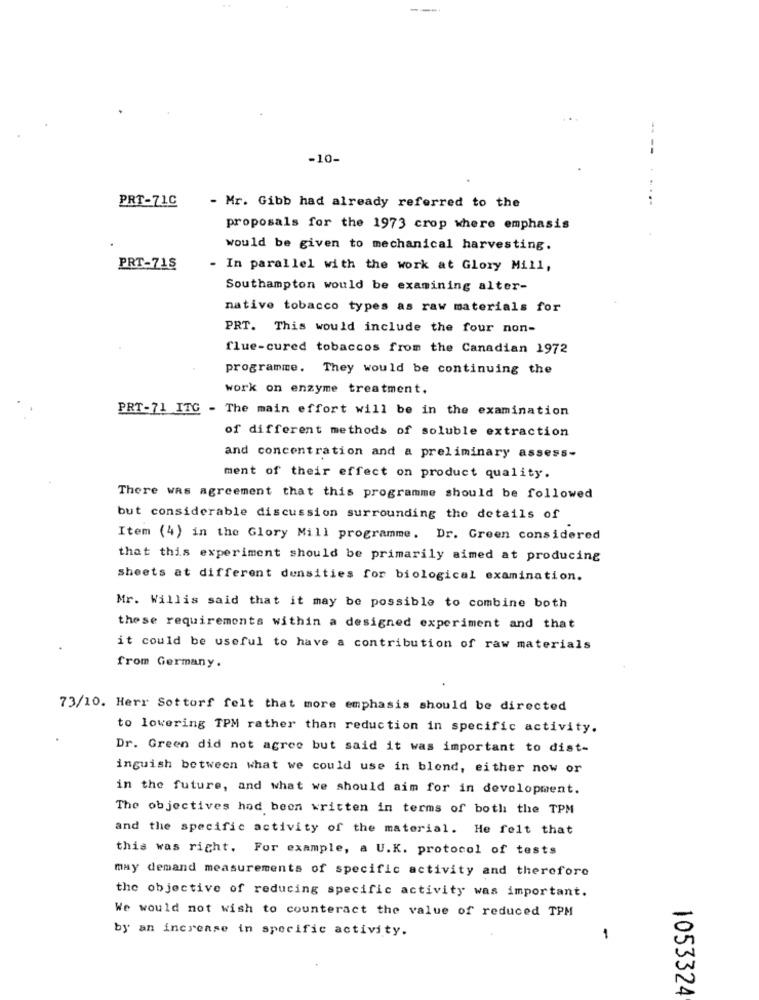
-----
----
-10-
PRT-71C
- Mr. Gibb had already referred to the
proposals for the 1973 crop where emphasis
would be given to mechanical harvesting.
PRT-718
- In parallel with the work at Glory Mill,
Southampton would be examining alter-
native tobacco types as raw materials for
PRT. This would include the four non-
flue-cured tobaccos from the Canadian 1972
programme. They would be continuing the
work on enzyme treatment.
PRT-71 ITG - The main effort will be in the examination
of different methods of soluble extraction
and concentration and a preliminary assess-
ment of their effect on product quality.
There was agreement that this programme should be followed
but considerable discussion surrounding the details of
Item (4) in the Glory Mill programme. Dr. Green considered
that this experiment should be primarily aimed at producing
sheets at different densities for biological examination.
Mr. Willis said that it may be possible to combine both
these requirements within a designed experiment and that
it could be useful to have a contribution of raw materials
from Germany.
73/10. Herr Sottorf felt that more emphasis should be directed
to lowering TPM rather than reduction in specific activity.
Dr. Green did not agree but said it was important to dist-
inguish between what we could use in blond, either now or
in the future, and what we should aim for in development.
The objectives had been written in terms of both the TPM
and the specific activity of the material. He felt that
this was right. For example, a U.K. protocol of tests
may demand measurements of specific activity and therefore
the objective of reducing specific activity was important.
We would not wish to counteract the value of reduced TPM
by an increase in specific activity.
-
1053324